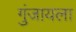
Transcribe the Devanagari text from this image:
गुंजायला